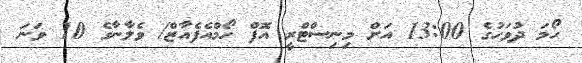
ހޯމަ ދުވަހުގެ 13:00 އަށް މިނިސްޓްރީ އޮފް ހޯމްއެފެއާޒް/ ވެލާނާގެ 10 ވަނަ